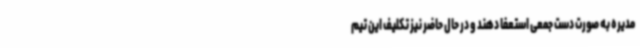
مدیره به صورت دست جمعی استعفا دهند و در حال حاضر نیز تکلیف این تیم